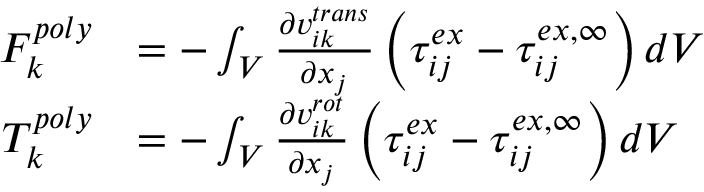
\begin{array} { r l } { F _ { k } ^ { p o l y } } & { = - \int _ { V } \frac { \partial v _ { i k } ^ { t r a n s } } { \partial x _ { j } } \left( \tau _ { i j } ^ { e x } - \tau _ { i j } ^ { e x , \infty } \right) d V } \\ { T _ { k } ^ { p o l y } } & { = - \int _ { V } \frac { \partial v _ { i k } ^ { r o t } } { \partial x _ { j } } \left( \tau _ { i j } ^ { e x } - \tau _ { i j } ^ { e x , \infty } \right) d V } \end{array}